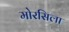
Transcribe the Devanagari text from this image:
मोरसिला